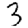
Digit: 3